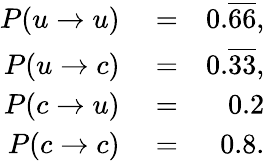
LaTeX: \begin{array}{rlr}{P(u\to u)}&{{}=}&{0.\overline{6}\overline{6},}\\ {P(u\to c)}&{{}=}&{0.\overline{3}\overline{3},}\\ {P(c\to u)}&{{}=}&{0.2}\\ {P(c\to c)}&{{}=}&{0.8.}\end{array}